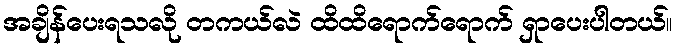
အချိန်ပေးရသလို တကယ်လဲ ထိထိရောက်ရောက် ရှာပေးပါတယ်။